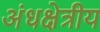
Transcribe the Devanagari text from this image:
अंधक्षेत्रीय